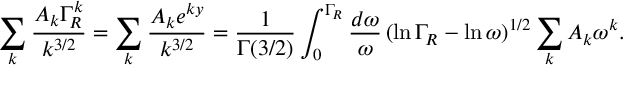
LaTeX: \sum _ { k } \frac { A _ { k } \Gamma _ { R } ^ { k } } { k ^ { 3 / 2 } } = \sum _ { k } \frac { A _ { k } e ^ { k y } } { k ^ { 3 / 2 } } = \frac { 1 } { \Gamma ( 3 / 2 ) } \int _ { 0 } ^ { \Gamma _ { R } } \frac { d \omega } { \omega } \, ( \ln \Gamma _ { R } - \ln \omega ) ^ { 1 / 2 } \sum _ { k } A _ { k } \omega ^ { k } .